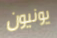
يونيون